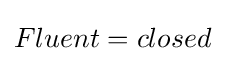
Fluent=closed